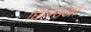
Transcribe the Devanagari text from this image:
घिलउआ